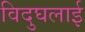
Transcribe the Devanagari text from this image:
विदुघलाई